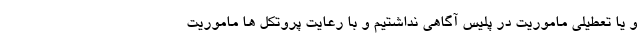
و یا تعطیلی ماموریت در پلیس آگاهی نداشتیم و با رعایت پروتکل ها ماموریت